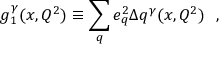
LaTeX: g _ { 1 } ^ { \gamma } ( x , Q ^ { 2 } ) \equiv \sum _ { q } e _ { q } ^ { 2 } \Delta q ^ { \gamma } ( x , Q ^ { 2 } ) \: \: \: ,